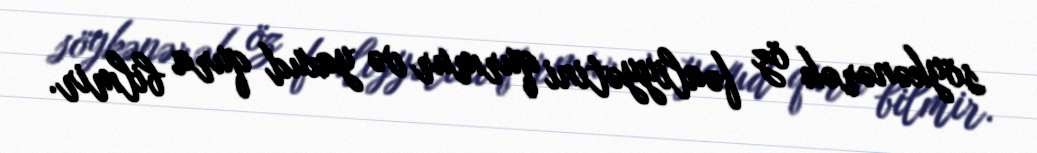
söykənərək öz fəaliyyətini qurmur və yaxud qura bilmir.